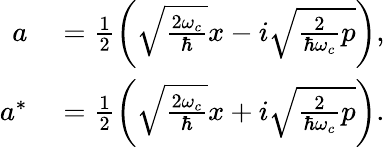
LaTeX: \begin{array}{rl}{a}&{{}=\frac{1}{2}\left(\sqrt{\frac{2\omega_{c}}{\hbar}}x-i\sqrt{\frac{2}{\hbar\omega_{c}}p}\right),}\\ {a^{*}}&{{}=\frac{1}{2}\left(\sqrt{\frac{2\omega_{c}}{\hbar}}x+i\sqrt{\frac{2}{\hbar\omega_{c}}p}\right).}\end{array}